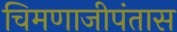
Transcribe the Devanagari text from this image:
चिमणाजीपंतास